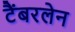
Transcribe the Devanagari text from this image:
टैंबरलेन